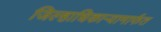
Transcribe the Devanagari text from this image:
जिल्हाधिकाऱ्यामार्फत